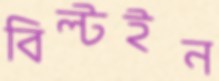
বিল্টইন